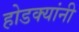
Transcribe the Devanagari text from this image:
होडक्यांनी